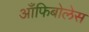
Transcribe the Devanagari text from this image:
आँफिबोलेस